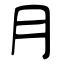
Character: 月